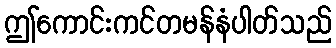
ဤကောင်းကင်တမန်နံပါတ်သည်